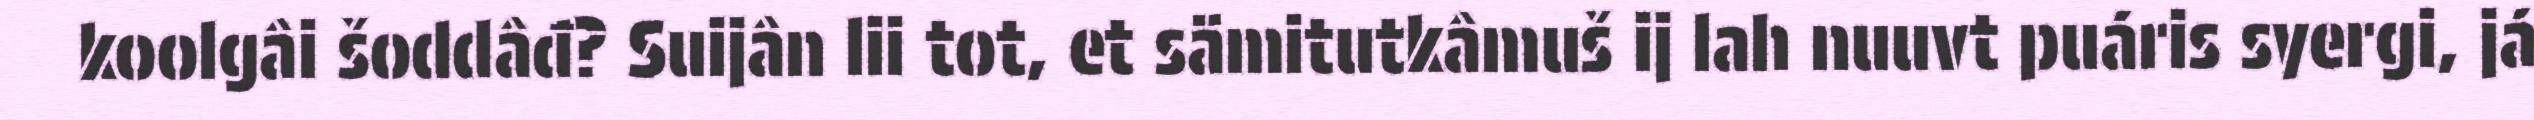
koolgâi šoddâđ? Suijân lii tot, et sämitutkâmuš ij lah nuuvt puáris syergi, já